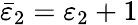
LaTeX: \bar{\varepsilon}_{2}=\varepsilon_{2}+1